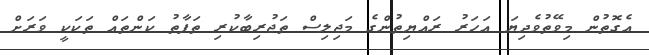
އެގޮތުން މިވޭތުވެދިޔަ އަހަރު ރައްޔިތުންގެ މަޖިލިސް ތަޖުރިބާކުރި ތަފާތު ކަންތައް ތަކަކީ ވަރަށް